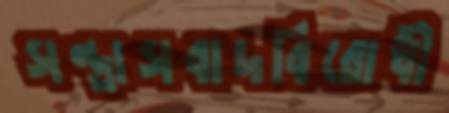
সন্ত্রাসবাদবিরোধী